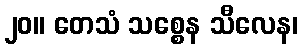
၂၀။ တေသံ သစ္စေန သီလေန၊